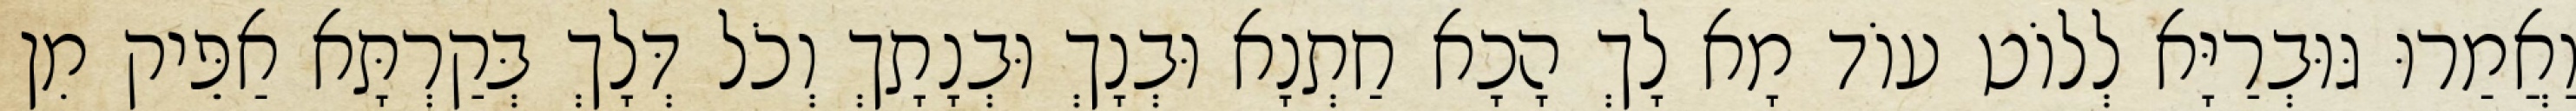
וַאֲמַרוּ גּוּבְרַיָּא לְלוֹט עוֹד מָא לָךְ הָכָא חַתְנָא וּבְנָךְ וּבְנָתָךְ וְכֹל דְּלָךְ בְּקַרְתָּא אַפֵּיק מִן